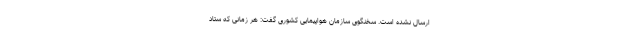
ارسال نشده است. سخنگوی سازمان هواپیمایی کشوری گفت: هر زمانی که ستاد